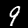
Label: 9